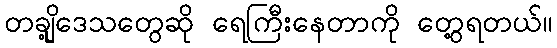
တချို့ဒေသတွေဆို ရေကြီးနေတာကို တွေ့ရတယ်။